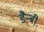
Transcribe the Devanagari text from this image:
डैन्बी